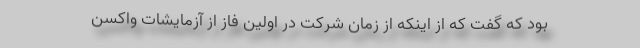
بود که گفت که از اینکه از زمان شرکت در اولین فاز از آزمایشات واکسن